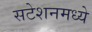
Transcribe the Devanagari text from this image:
सटेशनमध्ये